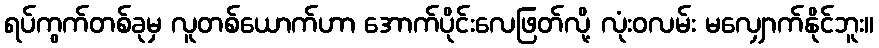
ရပ်ကွက်တစ်ခုမှ လူတစ်ယောက်ဟာ အောက်ပိုင်းလေဖြတ်လို့ လုံးဝလမ်း မလျှောက်နိုင်ဘူး။